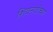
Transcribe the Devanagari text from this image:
शिवनदीच्या